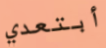
أبتعدي